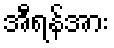
အီရန်အား